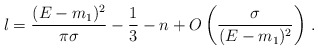
\begin{align*}l = \frac{(E-m_1)^2}{\pi\sigma} - \frac{1}{3} - n+ O\left(\frac{\sigma}{(E-m_1)^2}\right) \,.\end{align*}